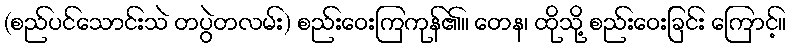
(စည်ပင်သောင်းသဲ တပွဲတလမ်း) စည်းဝေးကြကုန်၏။ တေန၊ ထိုသို့ စည်းဝေးခြင်း ကြောင့်။